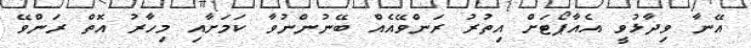
އޭނާ ވިދާޅުވީ އެއާޕޯޓަށް އިތުރު ރަންވޭއެއް ބޭނުންނުވާ ކަމަށާއި މިހާރު އޮތް ރަންވޭ